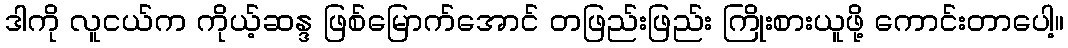
ဒါကို လူငယ်က ကိုယ့်ဆန္ဒ ဖြစ်မြောက်အောင် တဖြည်းဖြည်း ကြိုးစားယူဖို့ ကောင်းတာပေါ့။